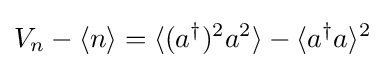
V_{n}-\langle n\rangle =\langle (a^{\dagger })^{2}a^{2}\rangle -\langle a^{\dagger }a\rangle ^{2}